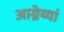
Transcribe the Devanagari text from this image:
आग्नेय्यां